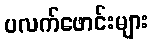
ပလက်ဖောင်းများ